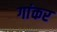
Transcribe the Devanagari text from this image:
गांकर